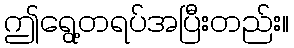
ဤရွေ့တရပ်အပြီးတည်း။